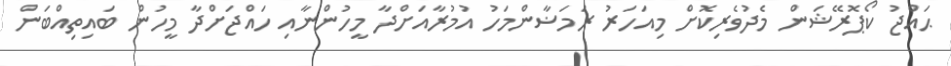
ޙައްޖު ކޯޕޮރޭޝަން މެދުވެރިކޮށް މިއަހަރު ރަމަޟާންމަހު އުމުރާއަށްދާ މީހުންނާއި ހައްޖަށްދާ މީހުން ބައިތިއްބަން